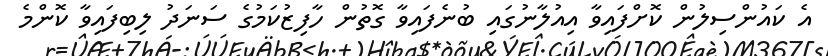
އެ ކައުންސިލުން ކޮށްފައިވާ އިއުލާނުގައި ބުނެފައިވާ ގޮތުން ހާފިޒުކަމުގެ ސަނަދު ލިބިފައިވާ ކޮންމެ